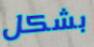
بشكل